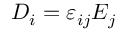
D _ { i } = \varepsilon _ { i j } E _ { j }